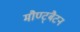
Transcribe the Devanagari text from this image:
मौण्ट्बैटन